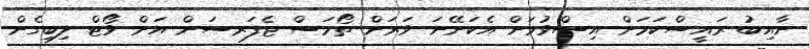
ނާއިބު ރައީސްކަމަށް އިސްވުމަށް އެކަށޭނަ ވަރަށް ތޯމަސް ޖެފަރސަން އަށް ވޯޓް ލިބިގެން